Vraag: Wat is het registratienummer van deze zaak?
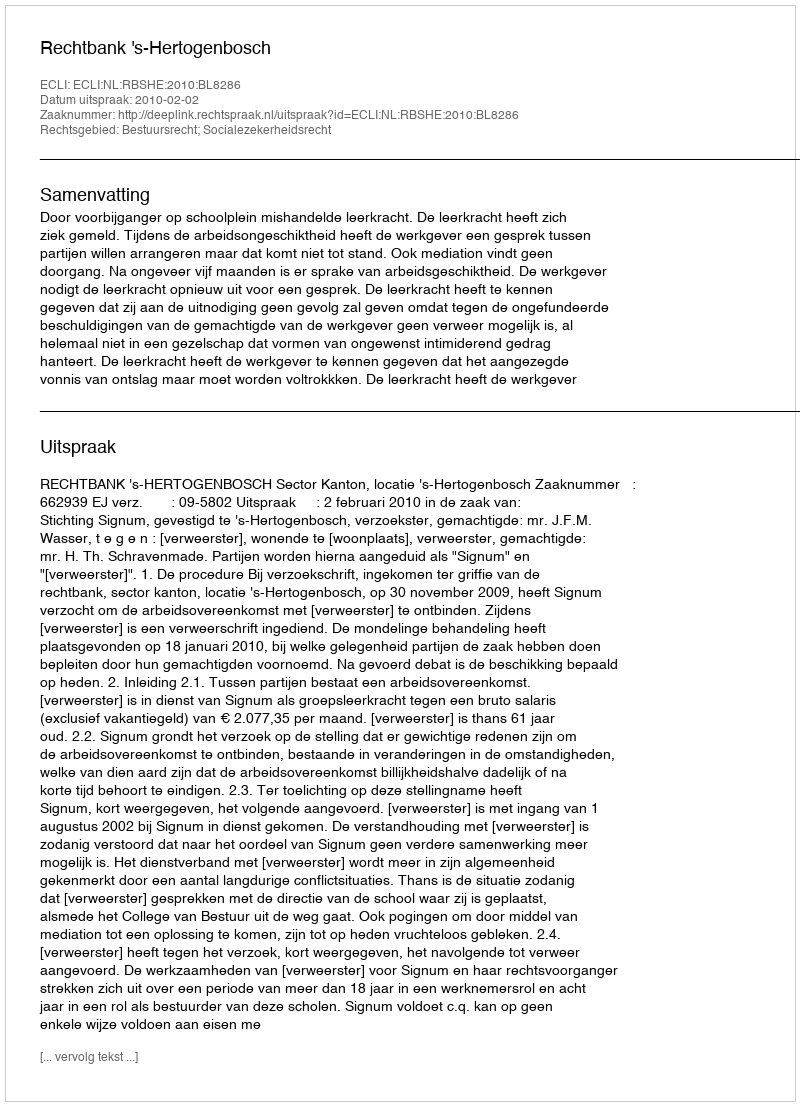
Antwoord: http://deeplink.rechtspraak.nl/uitspraak?id=ECLI:NL:RBSHE:2010:BL8286